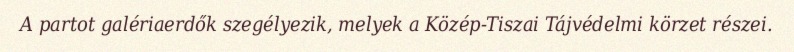
A partot galériaerdők szegélyezik, melyek a Közép-Tiszai Tájvédelmi körzet részei.